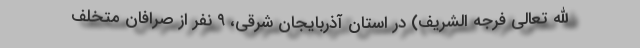
الله تعالی فرجه الشریف) در استان آذربایجان شرقی، ۹ نفر از صرافان متخلف